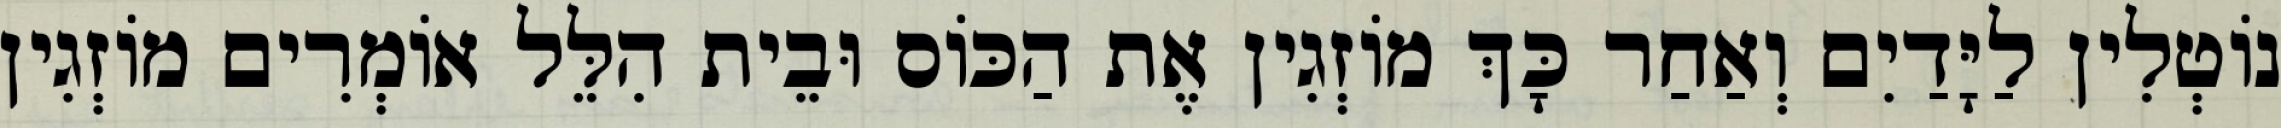
נוֹטְלִין לַיָּדַיִם וְאַחַר כָּךְ מוֹזְגִין אֶת הַכּוֹס וּבֵית הִלֵּל אוֹמְרִים מוֹזְגִין